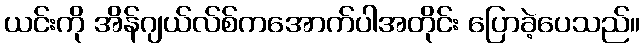
ယင်းကို အိန်ဂျယ်လ်စ်ကအောက်ပါအတိုင်း ပြောခဲ့ပေသည်။